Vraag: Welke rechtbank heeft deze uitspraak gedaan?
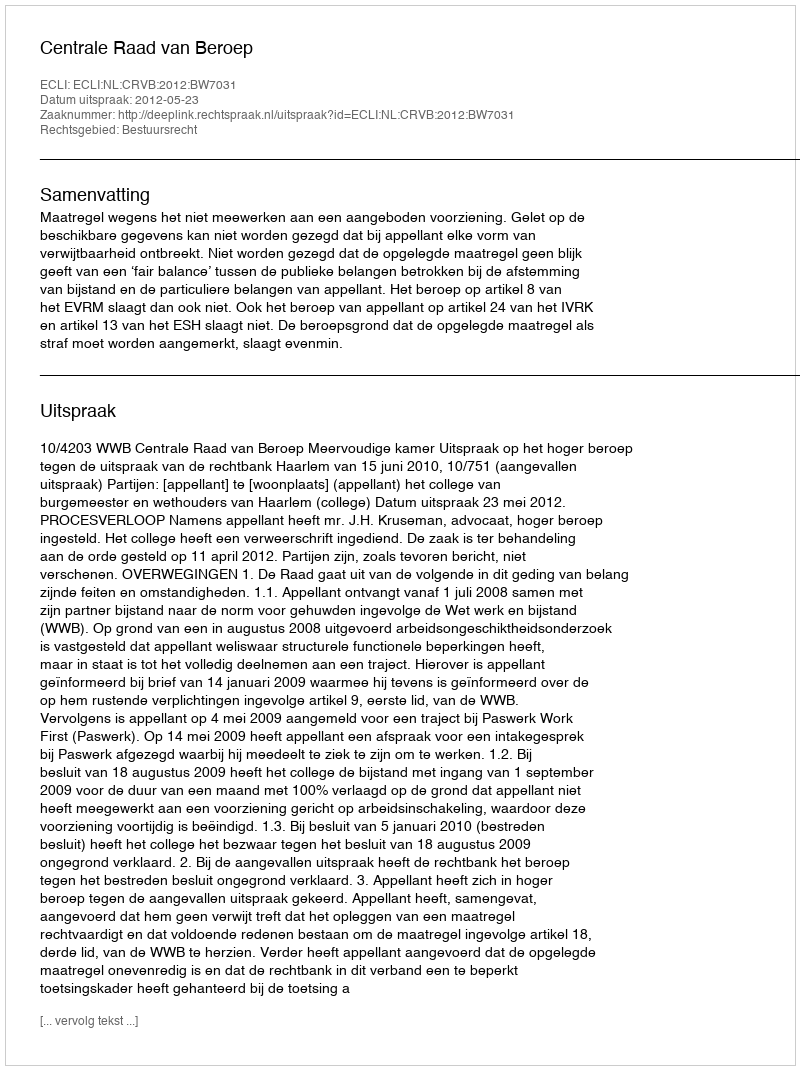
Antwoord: Centrale Raad van Beroep